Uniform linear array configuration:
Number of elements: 16
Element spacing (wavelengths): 0.75
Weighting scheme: hann
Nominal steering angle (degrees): -45
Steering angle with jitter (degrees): -46.315
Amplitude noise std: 0.05
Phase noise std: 0.05

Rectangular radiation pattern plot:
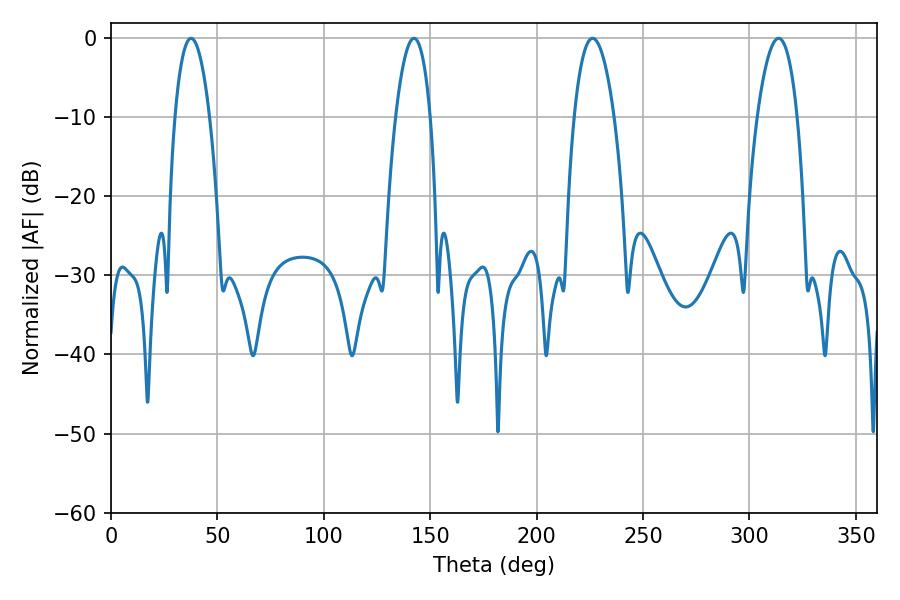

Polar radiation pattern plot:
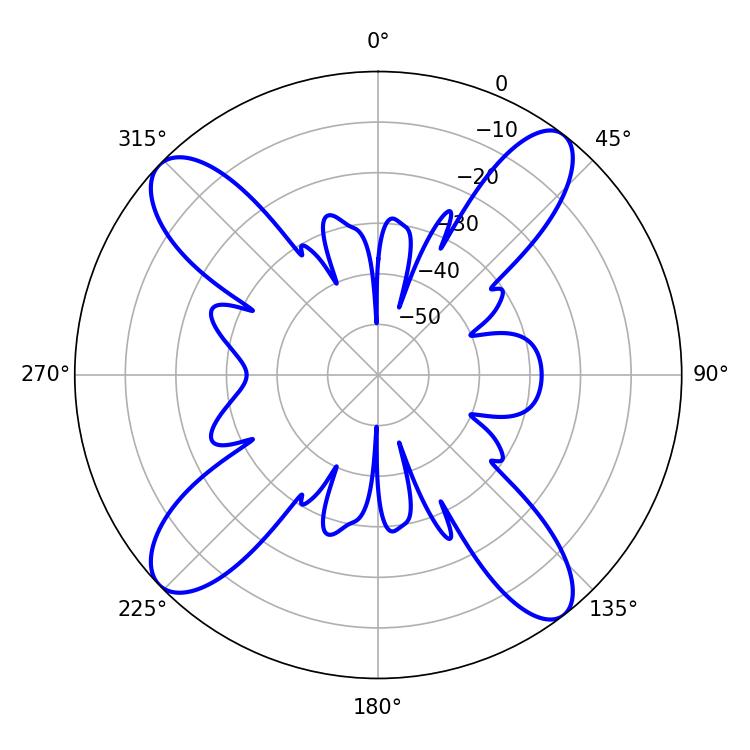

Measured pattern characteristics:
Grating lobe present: TRUE
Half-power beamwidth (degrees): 9
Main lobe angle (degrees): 37.62